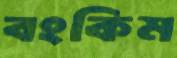
বংকিম